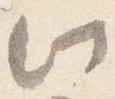
此